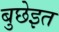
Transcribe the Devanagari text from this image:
बुछेइत